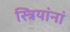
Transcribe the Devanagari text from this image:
स्त्रियांनां